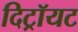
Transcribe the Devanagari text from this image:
दिट्रॉयट